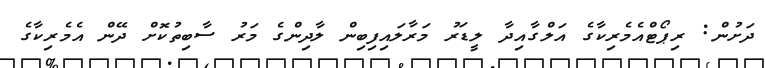
ދަށުން: ރިޕޯޓްއެމެރިކާގެ އަލްގާއިދާ ލީޑަރު މަރާލައިފިބިން ލާދިންގެ މަރު ސާބިތުކޮށް ދޭން އެމެރިކާގެ